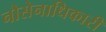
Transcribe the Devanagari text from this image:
नौसेनाधिकारी